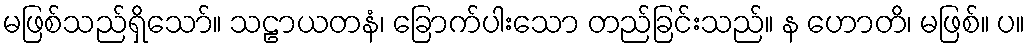
မဖြစ်သည်ရှိသော်။ သဠာယတနံ၊ ခြောက်ပါးသော တည်ခြင်းသည်။ န ဟောတိ၊ မဖြစ်။ ပ။